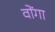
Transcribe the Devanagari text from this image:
वोंगा